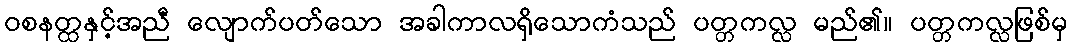
ဝစနတ္ထနှင့်အညီ လျောက်ပတ်သော အခါကာလရှိသောကံသည် ပတ္တကလ္လ မည်၏။ ပတ္တကလ္လဖြစ်မှ